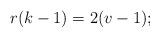
LaTeX: \begin{align*} r(k-1)=2(v-1);\end{align*}